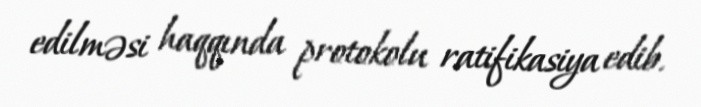
edilməsi haqqında protokolu ratifikasiya edib.